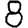
Digit: 8